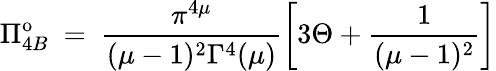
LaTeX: \Pi_{4B}^{\mathrm{o}}~=~\frac{\pi^{4\mu}}{(\mu-1)^{2}\Gamma^{4}(\mu)}\left[3\Theta+\frac{1}{(\mu-1)^{2}}\right]